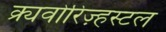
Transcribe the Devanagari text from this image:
क्र्यवोरिज़्हस्टल